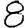
Digit: 8